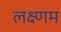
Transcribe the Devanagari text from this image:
लक्ष्णम